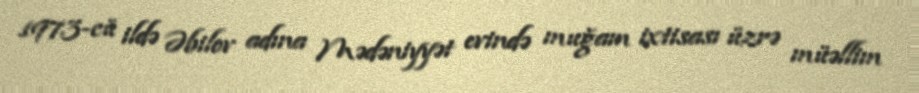
1973-cü ildə Əbilov adına Mədəniyyət evində muğam ixtisası üzrə müəllim